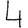
Digit: 4